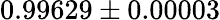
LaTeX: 0.99629\pm 0.00003